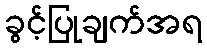
ခွင့်ပြုချက်အရ